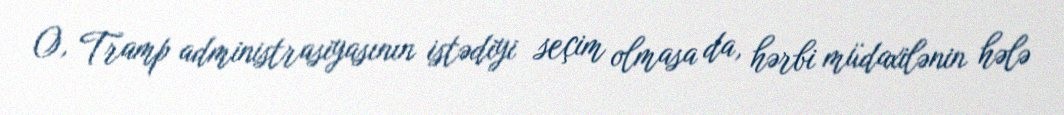
O, Tramp administrasiyasının istədiyi seçim olmasa da, hərbi müdaxilənin hələ